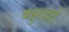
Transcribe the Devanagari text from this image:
बहुखंडों